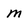
Character: m